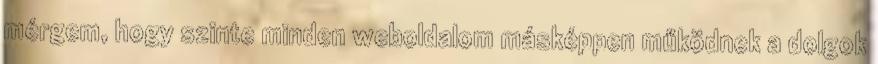
mérgem, hogy szinte minden weboldalom másképpen működnek a dolgok